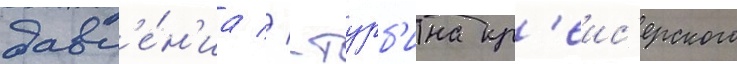
давл'е́н'иа // -турб'ина кр'еис'ерского